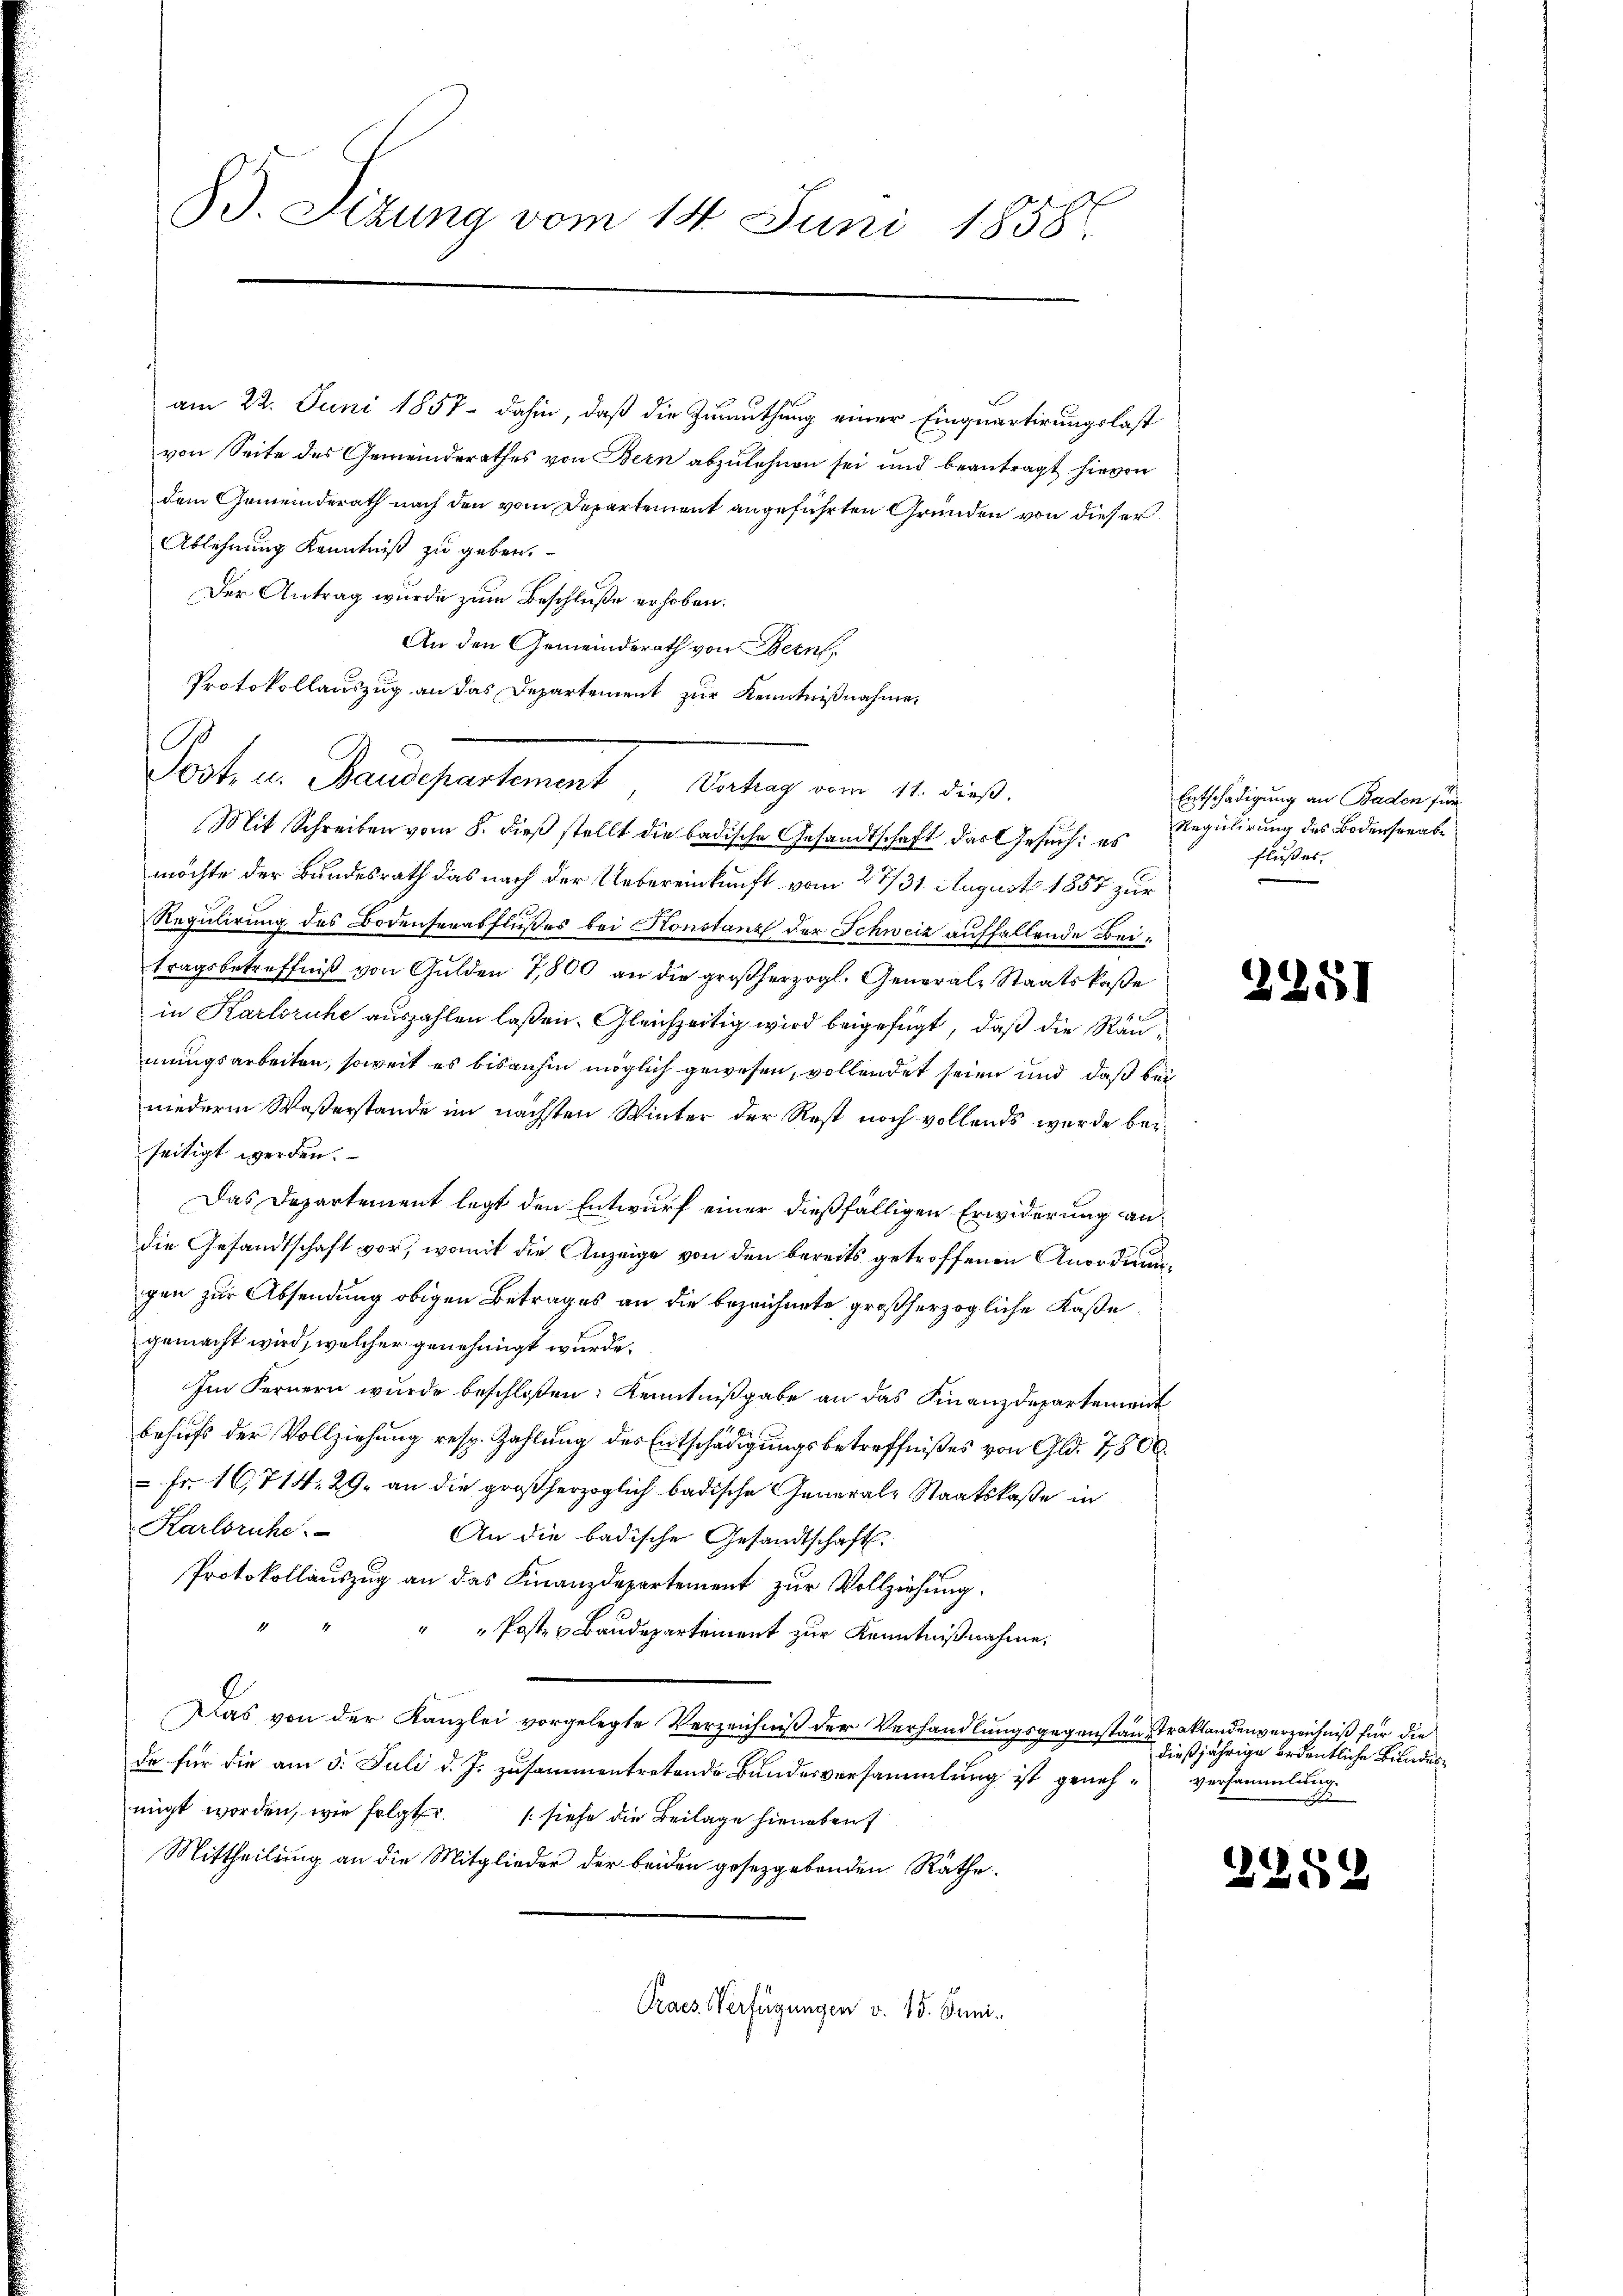
B. Sizung vom 14. Juni 1858.

am 22. Juni 1857 dahin, daß die Zumuthung einer Einquartirungslast
von Seite des Gemeinderathes von Bern abzulehnen sei und beantragt hievon
dem Gemeinderath nach den vom Departement angeführten Gründen von dieser
Ablehnung Kenntniß zu geben.
Der Antrag wurde zum Beschluße erhoben.
An den Gemeinderath von Bern
Protokollauszug an das Departement zur Kenntnißnahme,
Mit Schreiben vom 8. dieß stellt die badische Gesandtschaft das Gesuch: es
möchte der Bundesrath das nach der Uebereinkunft vom 27./31. August 1857 zur
Regulirung des Bodenserabflußes bei Konstanz der Schweiz auffallende Beitragsbetreffniß von Gulden 7,800 an die großherzogl. General-Staatskasse
in Karlsruhe auszahlen laßen. Gleichzeitig wird beigefügt, daß die Räumungsarbeiten, soweit es bisanhin möglich gewesen, vollendet seien und daß bei
niederem Waßerstande im nächsten Winter der Rest noch vollends wurde beseitigt werden.
Das Departement legt den Entwurf einer dießfälligen Erwiderung andie Gesandtschaft vor, womit die Anzeige von den bereits getroffenen Anordnungen zur Absendung obigen Betrages an die bezeichnete großherzogliche Kaße
gemacht wird, welcher genehmigt wurde.
Im Fernern wurde beschloßen: Kenntnißgabe an das Finanzdepartement
behufs der Vollziehung resp. Zahlung des Entschädigungsbetreffnißes von Gld. 7,800.
 Fr. 16,714, 29. an die großherzoglich badische General-Staatskaße in
Karlsruhe.
An die badische Gesandtschaft.
Protokollauszug an das Finanzdepartement zur Vollziehung.
" " Posten Baudepartement zur Kenntnißnahme.
Das von der Kanzlei vorgelegte Verzeichniß der Verhandlungsgegenstantraktandenverzeichniß für die
da für die am 5. Juli d. J. zusammentretende Bundesversammlung ist genehmigt worden, wie folgt (siehe die Beilage hieneben
Mittheilung an die Mitglieder der beiden gesetzgebenden Räthe.
Praes. Verfügungen v. 15. Juni.

Post u. Mandesartement Antrag am 1. des

Entschädigung an Baden sin
Regulirung des Bodenserab¬
Flußes, |

2251

dießjährige ordentliche Bundesversammlung.

2252